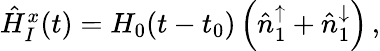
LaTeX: \begin{array}{r}{\hat{H}_{I}^{x}(t)=H_{0}(t-t_{0})\left(\hat{n}_{1}^{\uparrow}+\hat{n}_{1}^{\downarrow}\right)\, ,}\end{array}